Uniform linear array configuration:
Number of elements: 48
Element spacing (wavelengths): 0.75
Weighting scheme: cosine
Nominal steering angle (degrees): -15
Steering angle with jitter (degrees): -16.639
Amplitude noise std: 0.05
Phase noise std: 0.05

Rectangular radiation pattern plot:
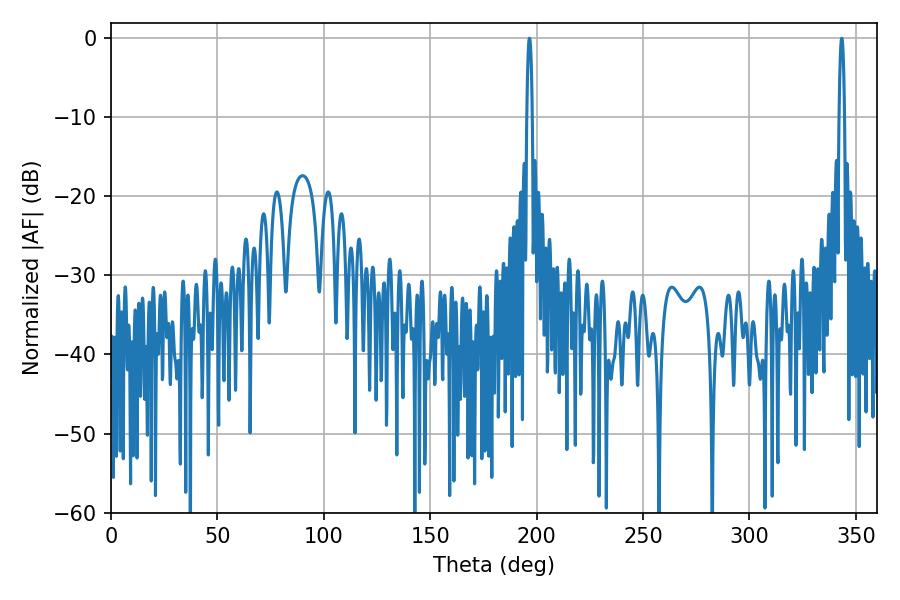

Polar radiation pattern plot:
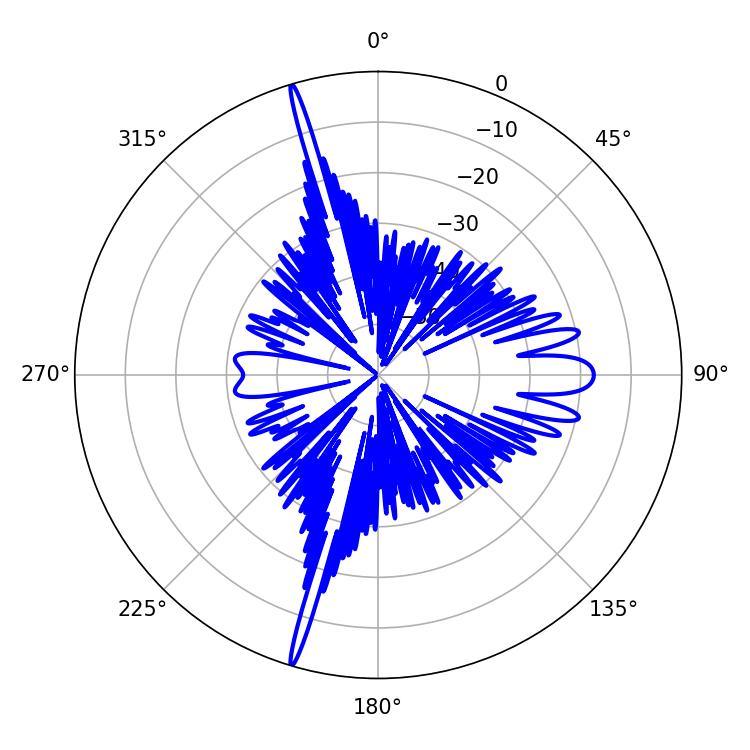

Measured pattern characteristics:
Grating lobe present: TRUE
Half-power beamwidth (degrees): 1.26
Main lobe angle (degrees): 196.56